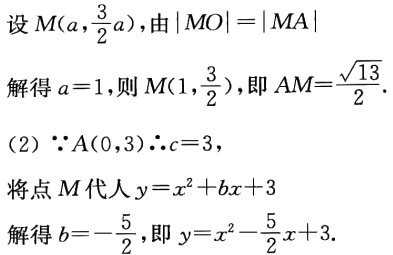
设\(M(a,\frac{3}{2}a)\)，由\(\vert MO\vert =\vert MA\vert\)
解得\(a = 1\)，则\(M(1,\frac{3}{2})\)，即\(AM=\frac{\sqrt{13}}{2}\).
(2) \(\because A(0,3)\therefore c = 3\)，
将点\(M\)代人\(y = x^{2}+bx + 3\)
解得\(b=-\frac{5}{2}\)，即\(y = x^{2}-\frac{5}{2}x + 3\).